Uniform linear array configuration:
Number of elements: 4
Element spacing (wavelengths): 0.5
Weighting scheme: blackman
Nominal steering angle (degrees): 45
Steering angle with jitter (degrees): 44.046
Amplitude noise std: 0.05
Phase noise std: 0.05

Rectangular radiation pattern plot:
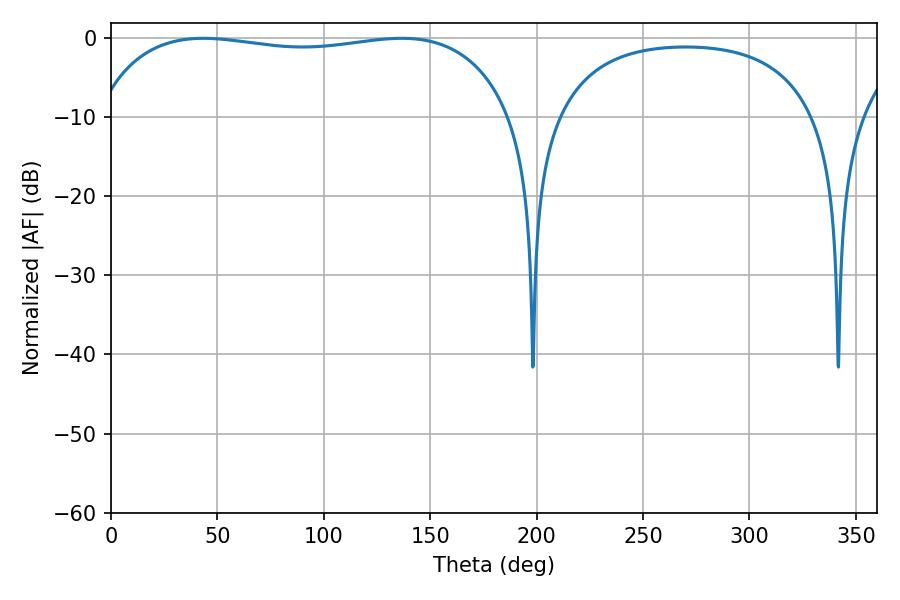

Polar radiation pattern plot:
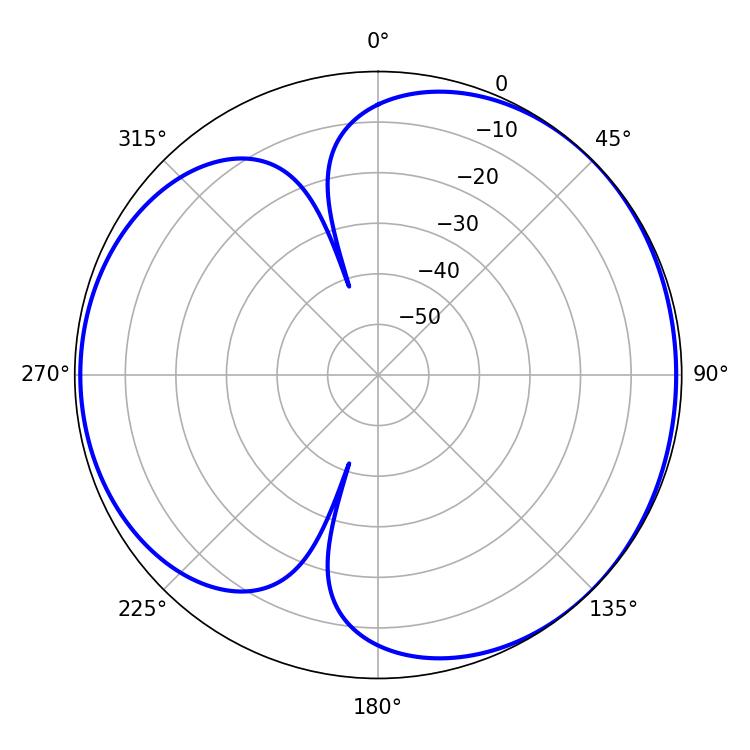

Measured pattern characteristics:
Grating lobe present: FALSE
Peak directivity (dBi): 4.292
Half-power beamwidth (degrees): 158.4
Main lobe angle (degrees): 43.38